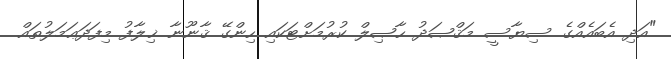
"އަދި އެބައެއްގެ ސިޔާސީ މަޤްޞަދު ޙާޞިލް ކުރުމަށްޓަކައި ހިންގޭ ޤާނޫނާ ޚިލާފު މިފަދަޢަމަލުތައް